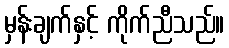
မှန်းချက်နှင့် ကိုက်ညီသည်။